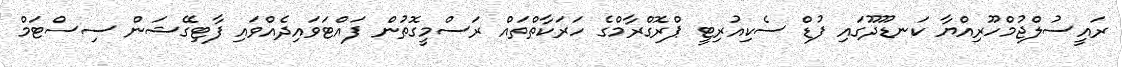
ރައީސުލްޖުމްހޫރިއްޔާ ކަނޑޫދޫގައި ފުޑް ސެކިއުރިޓީ ޕްރޮގްރާމްގެ ހަރަކާތްތައް ރަސްމީގޮތުން ފައްޓަވައިދެއްވައި ފާޓިގޭޝަން ސިސްޓަމް